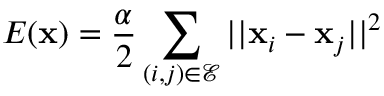
E ( \mathbf { x } ) = \frac { \alpha } { 2 } \sum _ { ( i , j ) \in \mathcal { E } } | | \mathbf { x } _ { i } - \mathbf { x } _ { j } | | ^ { 2 }